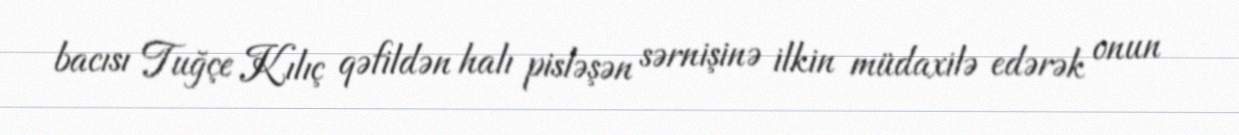
bacısı Tuğçe Kılıç qəfildən halı pisləşən sərnişinə ilkin müdaxilə edərək onun